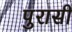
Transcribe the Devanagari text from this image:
पुरासी